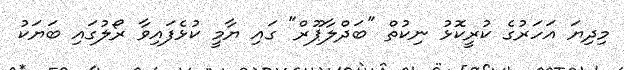
މިިދިޔަ އަހަރުގެ ކުރީކޮޅު ނިކުތް "ބަދްލާޕޫރް" ގައި ޔާމީ ކުޅެފައިވާ ރޯލުގައި ބަޔަކު